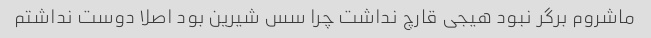
ماشروم برگر نبود هیجی قارچ نداشت چرا سس شیرین بود اصلا دوست نداشتم